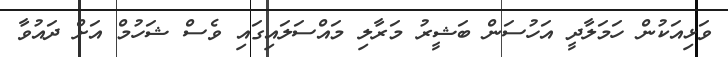
ވަޅިއަކުން ހަމަލާދީ އަހުސަން ބަޝީރު މަރާލި މައްސަލައިގައި ވެސް ޝަހުމް އަށް ދައުވާ